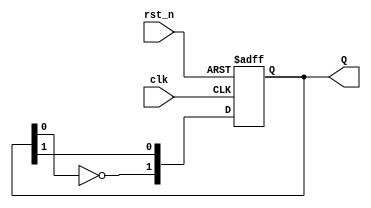
module dual_stage_johnson_counter (
    input wire clk,        // Clock signal
    input wire rst_n,      // Asynchronous reset (active low)
    output reg [1:0] Q     // 2-bit output
);

// State transition process
always @(posedge clk or negedge rst_n) begin
    if (!rst_n) begin
        // Asynchronous reset to initial state
        Q <= 2'b00; // Initialize to state '00'
    end else begin
        // Johnson counter state transition
        Q[0] <= Q[1];          // Q1 takes the value of Q2
        Q[1] <= ~Q[0];         // Q2 takes the inverted value of Q1
    end
end

endmodule